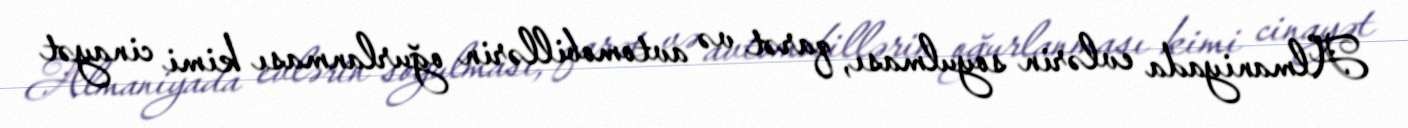
Almaniyada evlərin soyulması, qarət və avtomobillərin oğurlanması kimi cinayət